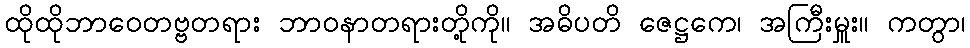
ထိုထိုဘာဝေတဗ္ဗတရား ဘာဝနာတရားတို့ကို။ အဓိပတိ ဇေဋ္ဌကေ၊ အကြီးမှူး။ ကတွာ၊